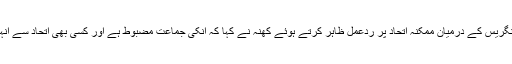
‘‘ نیشنل کانفرنس اور کانگریس کے درمیان ممکنہ اتحاد پر ردعمل ظاہر کرتے ہوئے کھنہ نے کہا کہ انکی جماعت مضبوط ہے اور کسی بھی اتحاد سے انہیں کوئی خطرہ نہیں ہے۔